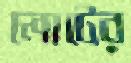
লোটের